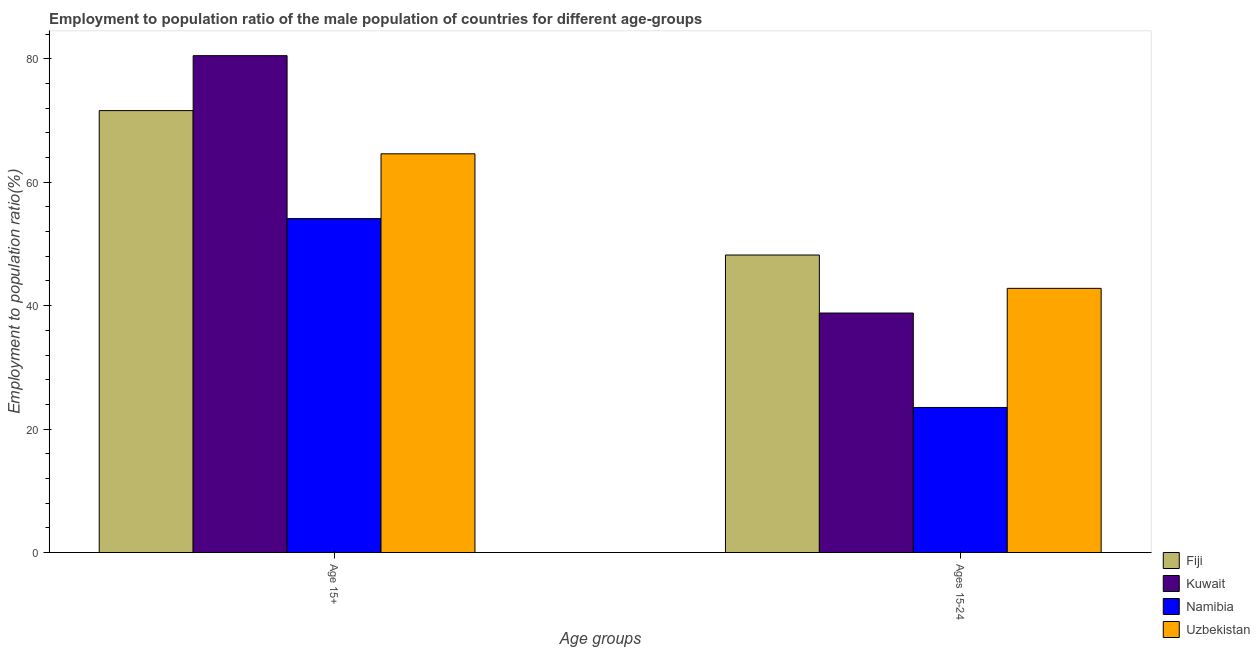
| Age groups | Fiji | Kuwait | Namibia | Uzbekistan |
 | --- | --- | --- | --- | --- |
 | Age 15+ | 71.6 | 80.5 | 54.1 | 64.6 |
 | Ages 15-24 | 48.2 | 38.8 | 23.5 | 42.8 |